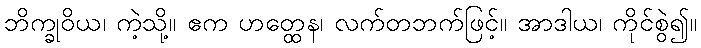
ဘိက္ခုဝိယ၊ ကဲ့သို့။ ဧက ဟတ္ထေန၊ လက်တဘက်ဖြင့်။ အာဒါယ၊ ကိုင်စွဲ၍။